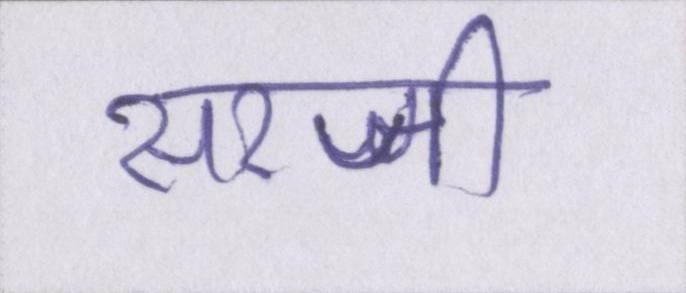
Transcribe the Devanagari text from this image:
सरजी